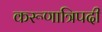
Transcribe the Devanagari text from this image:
करूणात्रिपदी